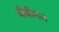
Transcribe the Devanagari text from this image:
बीबीगंज